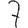
Digit: 7